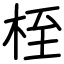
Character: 桎